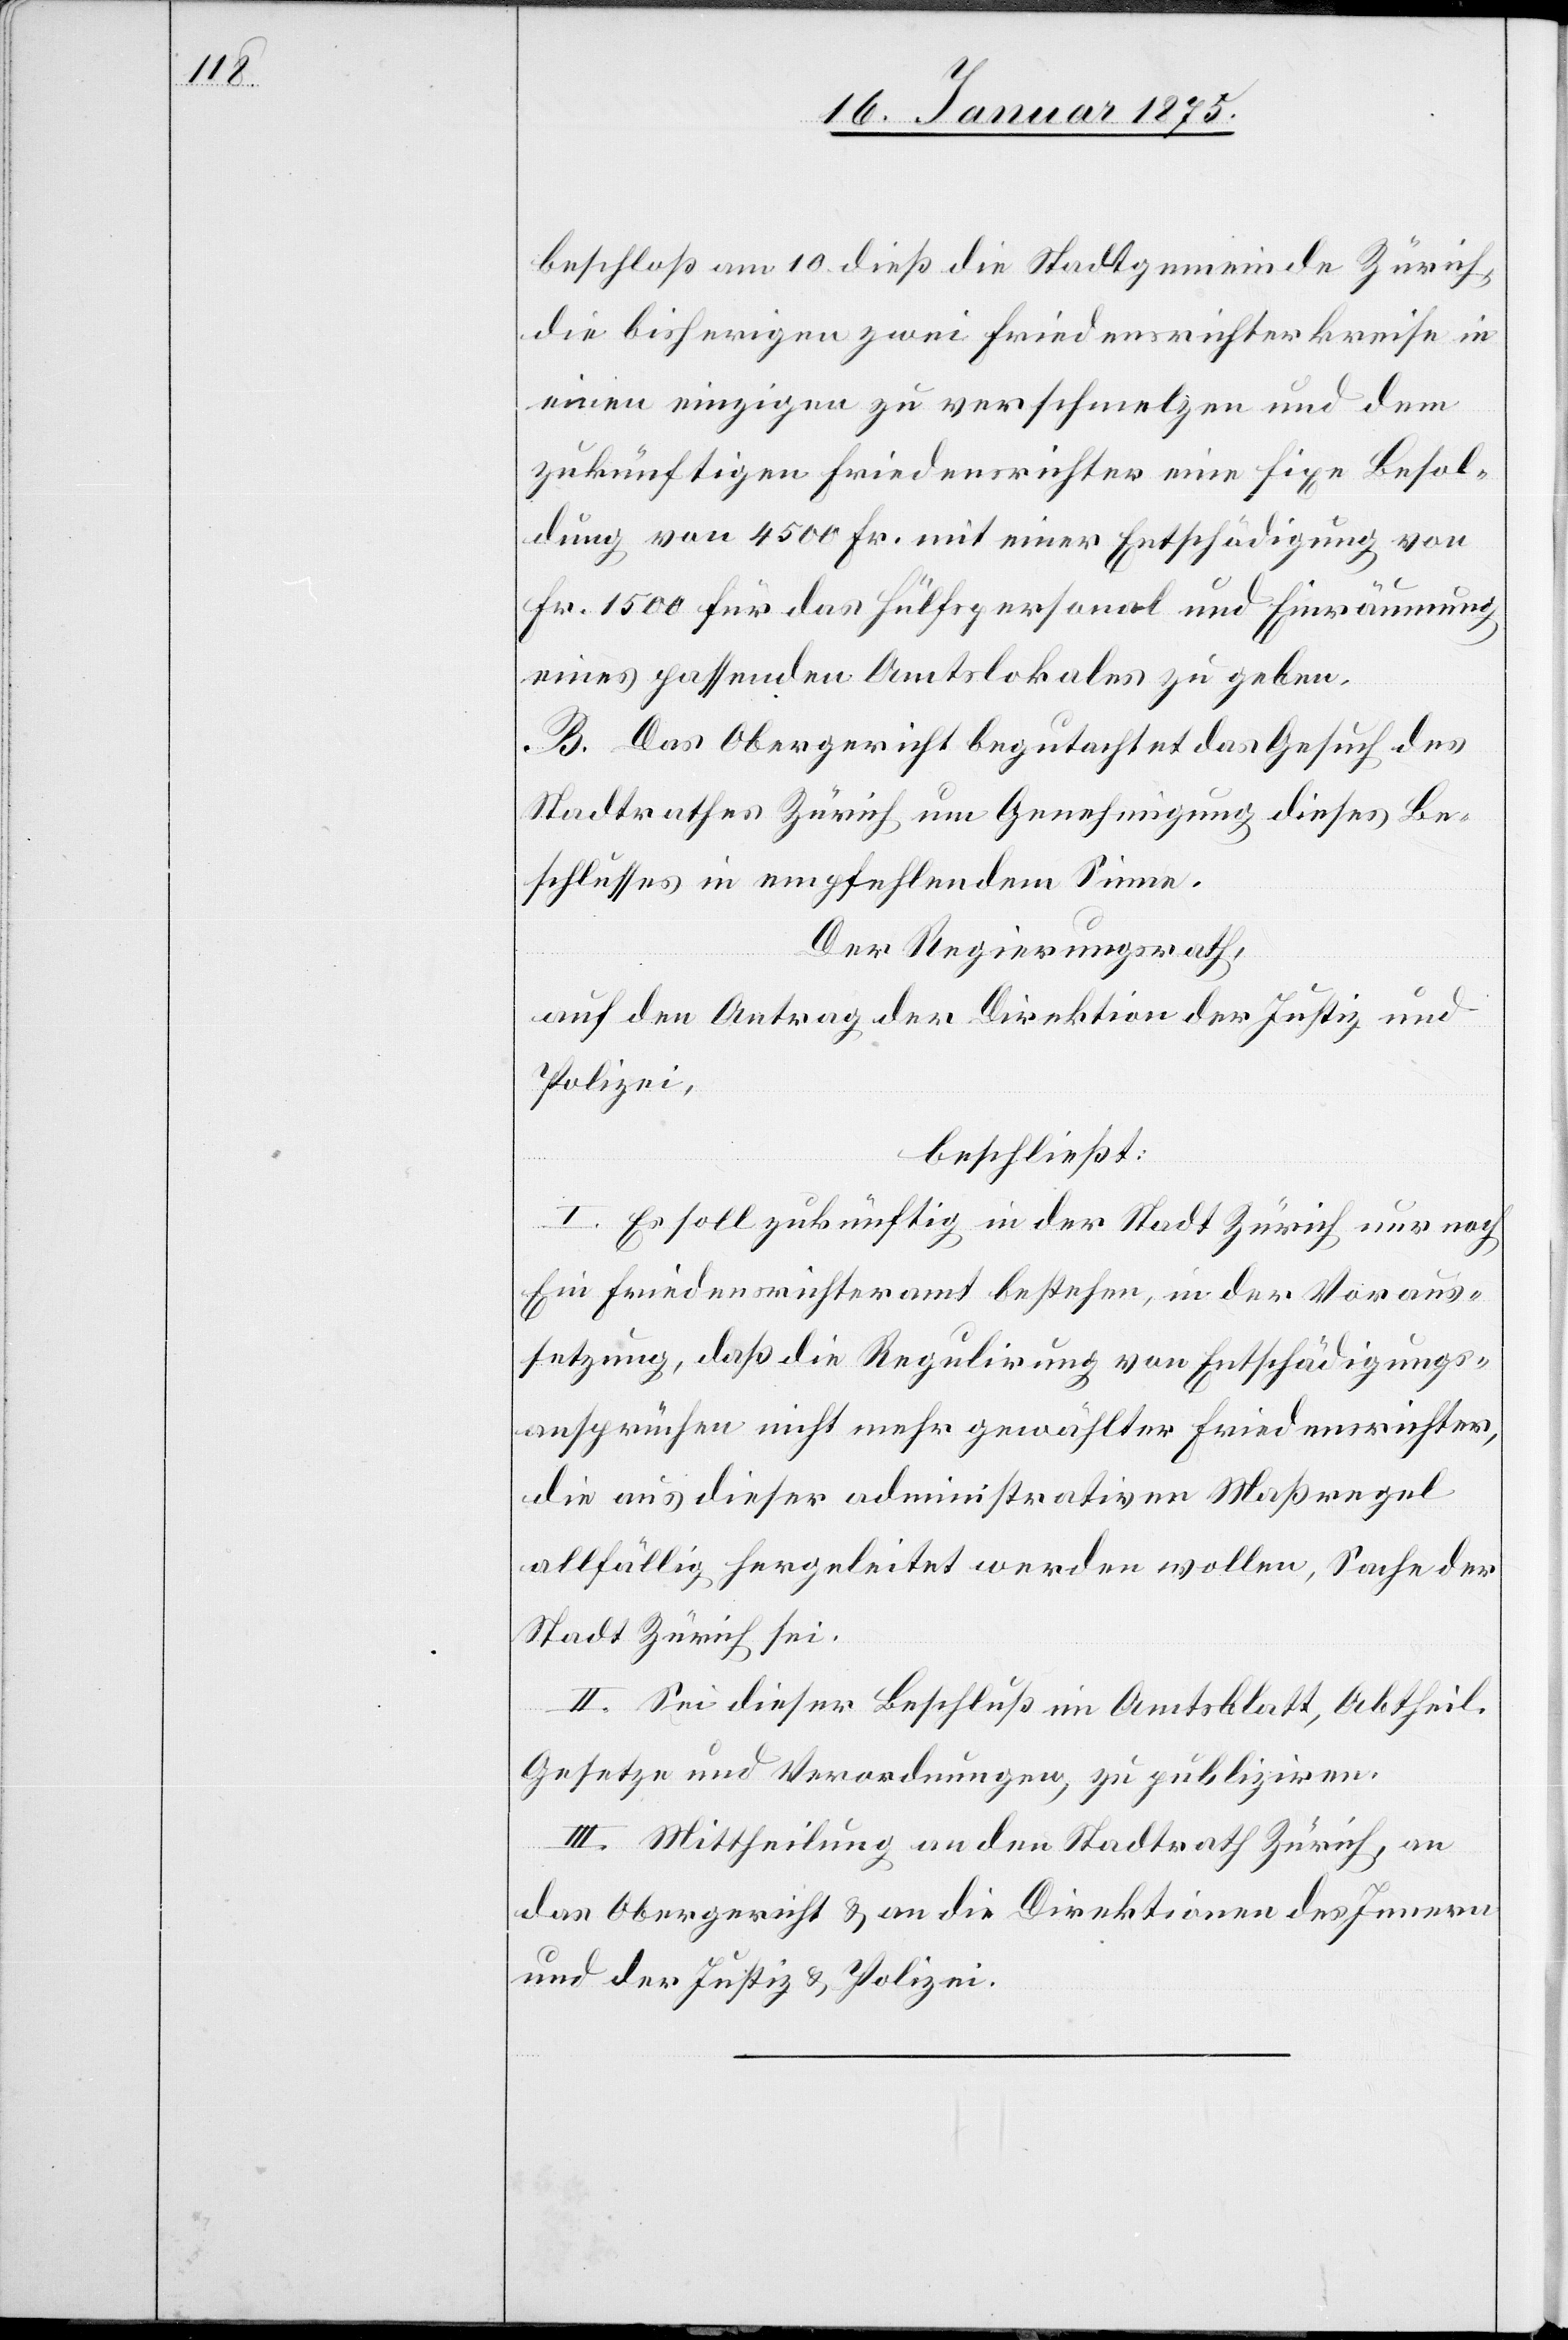
beschloß am 10. dieß die Stadtgemeinde Zürich,
die bisherigen zwei Friedensrichterkreise in
einen einzigen zu verschmelzen und dem
zukünftigen Friedensrichter eine fixe Besol¬
dung von 4500 Fr. mit einer Entschädigung von
Fr. 1500 für das Hülfspersonal und Einräumung
eines passenden Amtslokales zu geben.
B. Das Obergericht begutachtet das Gesuch des
Stadtrathes Zürich um Genehmigung dieses Be¬
schlusses in empfehlendem Sinne.
Der Regierungsrath,
auf den Antrag der Direktion der Justiz und
Polizei,
beschließt:
I. Es soll zukünftig in der Stadt Zürich nur noch
Ein Friedensrichteramt bestehen, in der Voraus¬
setzung, daß die Regulirung von Entschädigungs¬
ansprüchen nicht mehr gewählter Friedensrichter,
die aus dieser administrativen Maßregel
allfällig hergeleitet werden wollen, Sache der
Stadt Zürich sei.
II. Sei dieser Beschluß im Amtsblatt, Abtheil.
Gesetze und Verordnungen zu publiziren.
III. Mittheilung an den Stadtrath Zürich, an
das Obergericht & an die Direktionen des Innern
und der Justiz & Polizei.